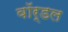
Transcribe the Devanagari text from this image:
वॉर्डल